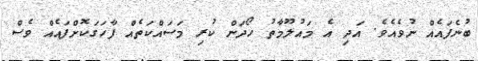
ބުނެފައެއް ނުވެއެވެ. އަދި އެ މައުލޫމާތު ހޯދަން ކުރި މަސައްކަތެއް ފާހަގަކޮށްފައެއް ވެސް